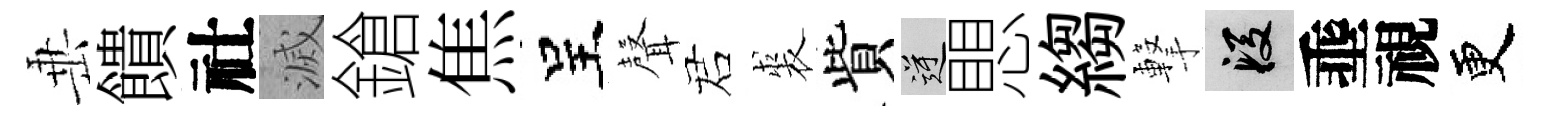
𡸁饋社滅鎗焦呈𮋻诺裘貲逆愳縐撃段埀視更